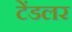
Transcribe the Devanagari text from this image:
टेंडलर